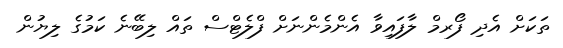
ތަކަށް އެދި ފޯރމް ލާފައިވާ އެންމެންނަށް ފްލެޓްސް ތައް ލިބޭނެ ކަމުގެ ލިޔުން